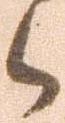
候